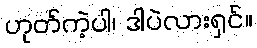
ဟုတ်ကဲ့ပါ၊ ဒါပဲလားရှင်။